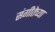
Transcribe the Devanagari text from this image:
संगीतेच्या